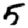
Digit: 5